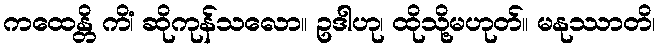
ကထေန္တိ ကိံ၊ ဆိုကုန်သလော။ ဥဒါဟု၊ ထိုသို့မဟုတ်။ မနုဿာတိ၊